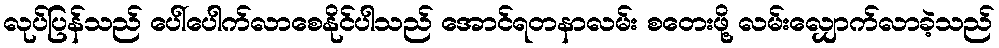
လုပ်ပြန်သည် ပေါ်ပေါက်လာစေနိုင်ပါသည် အောင်ရတနာလမ်း စတေးဖို့ လမ်းလျှောက်လာခဲ့သည်